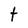
Character: t